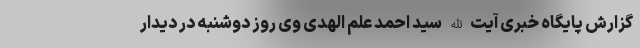
گزارش پایگاه خبری آیت الله سید احمد علم الهدی وی روز دوشنبه در دیدار